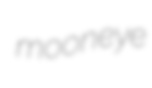
mooneye